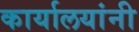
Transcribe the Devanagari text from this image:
कार्यालयांनी